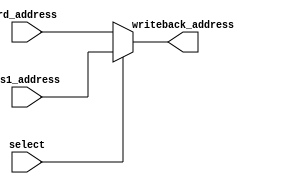
`timescale 1ns / 1ps
//////////////////////////////////////////////////////////////////////////////////
// Company: 
// Engineer: 
// 
// Design Name: 
// Module Name:    Writeback_Select 
// Project Name: 
// Target Devices: 
// Tool versions: 
// Description: 
//
// Dependencies: 
//
// Revision: 
// Revision 0.01 - File Created
// Additional Comments: 
//
//////////////////////////////////////////////////////////////////////////////////
module Writeback_Select(
    input        select,
    input  [4:0] rs1_address,
    input  [4:0] rd_address,
    output [4:0] writeback_address
    );
	
	assign writeback_address = (select == 1)? rs1_address : rd_address;

endmodule